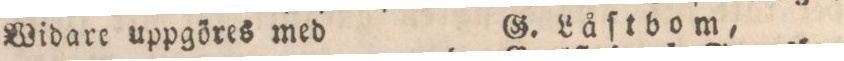
Widare uppgöres med G. Låſtbom,